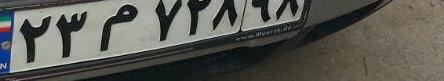
۲۳م۷۲۸۹۸